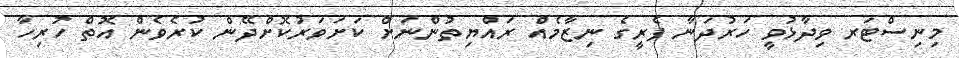
މިނިސްޓަރ ވިދާޅުވީ ހަރުދަނާ ފެރީގެ ނިޒާމެއް ރައްޔިތުންނަށް ކަށަވަރުކޮށްދޭން ކުރެވެން އޮތް ހުރިހާ